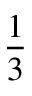
\frac 1 3